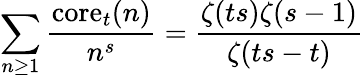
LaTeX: \sum_{n\geq 1}{\frac{\mathrm{core}_{t}(n)}{n^{s}}}={\frac{\zeta(ts)\zeta(s-1)}{\zeta(ts-t)}}